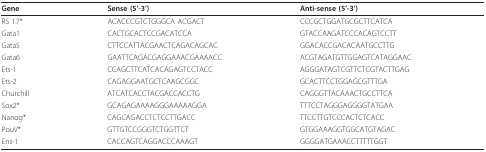
| Gene | Sense (5'-3') | Anti-sense (5'-3') |
 | --- | --- | --- |
 | RS 17* | ACACCCGTCTGGGCA ACGACT | CCCGCTGGATGCGCTTCATCA |
 | Gata1 | CACTGCACTCCGACATCCA | GTACCAAGATCCCACAGTCCTT |
 | Gata5 | CTTCCATTACGAACTCAGACAGCAC | GGACACCGACACAATGCCTTG |
 | Gata6 | GAATTCAGACGAGGAAACGAAAACC | ACGTAGATGTTGGAGTCATAGGAAC |
 | Ets-1 | CCAGCTTCATCACAGAGTCCTACC | AGGGATAGTCGTTCTCGTACTTGAG |
 | Ets-2 | CAGAGGAATGCTCAAGCGGC | GCACTTCCTGGAGCGTTTGA |
 | Churchill | ATCATCACCTACGACCACCTG | CAGGGTTACAAACTGCCTTCA |
 | Sox2* | GCAGAGAAAAGGGAAAAAGGA | TTTCCTAGGGAGGGGTATGAA |
 | Nanog* | CAGCAGACCTCTCCTTGACC | TTCCTTGTCCCACTCTCACC |
 | PouV* | GTTGTCCGGGTCTGGTTCT | GTGGAAAGGTGGCATGTAGAC |
 | Ens-1 | CACCAGTCAGGACCCAAAGT | GGGGATGAAACCTTTTTGGT |